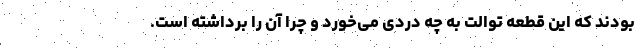
بودند که این قطعه توالت به چه دردی می‌خورد و چرا آن را برداشته است.